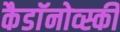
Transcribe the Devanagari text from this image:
कैडाॅनोव्स्की